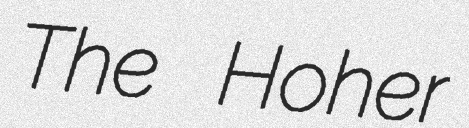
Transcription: The Hoher